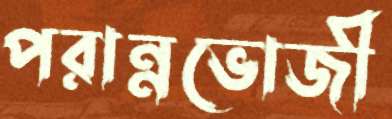
পরান্নভোজী